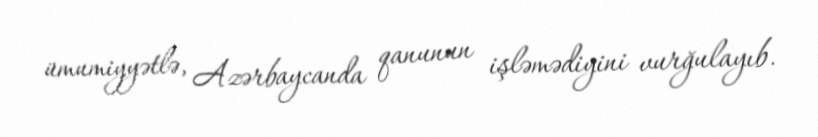
ümumiyyətlə, Azərbaycanda qanunun işləmədiyini vurğulayıb.